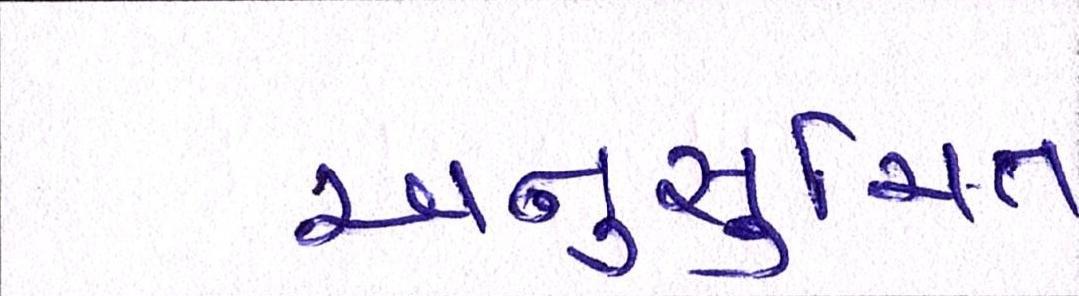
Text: અનુસુચિત